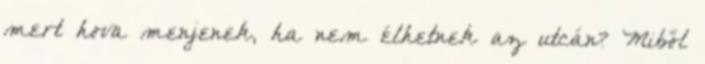
mert hova menjenek, ha nem élhetnek az utcán? Miből